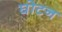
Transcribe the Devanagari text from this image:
घोटन